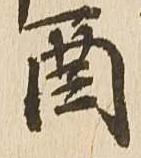
酉